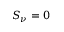
S _ { \nu } = 0